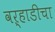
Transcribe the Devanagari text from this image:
वऱ्हाडीचा